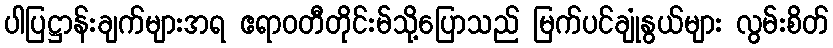
ပါပြဋ္ဌာန်းချက်များအရ ဧရာဝတီတိုင်းမ်သို့ပြောသည် မြက်ပင်ချုံနွယ်များ လွမ်းစိတ်